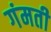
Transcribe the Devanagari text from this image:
गंमती